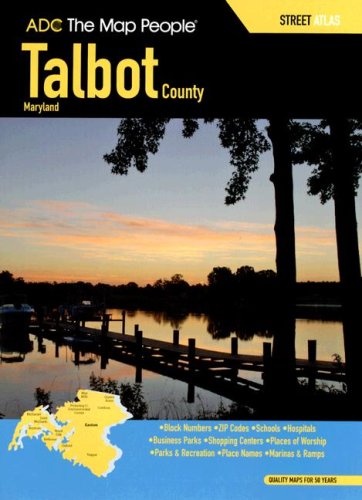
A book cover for ADC The Map People Talbot County Maryland: Street Atlas; Travel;